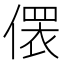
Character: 𪝢